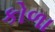
કોળા